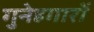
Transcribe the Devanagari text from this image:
गुनेहगारों